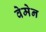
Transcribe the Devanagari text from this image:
वेमेन